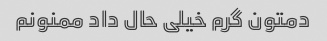
دمتون گرم خیلی حال داد ممنونم